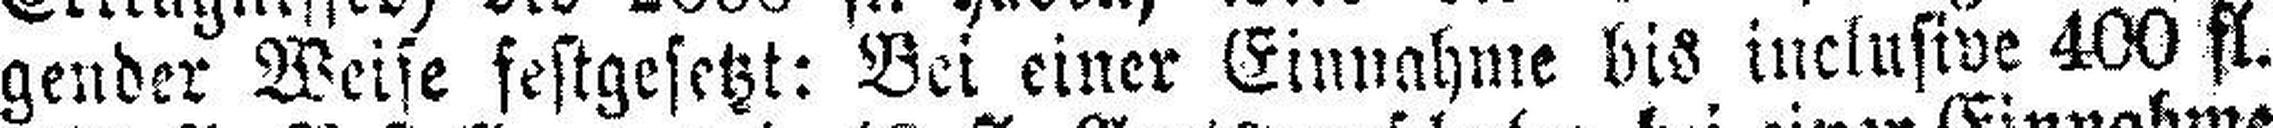
gender Weise festgesetzt: Bei einer Einnahme bis inclusive 400 fl.